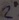
Text: 2